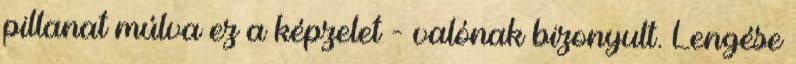
pillanat múlva ez a képzelet - valónak bizonyult. Lengése